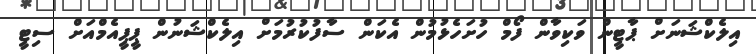
އިލެކްޝަނަށް ޕާޓީން ވަކިވާން ފޯމް ހުށަހެޅުމުން އެކަން ސާފުކުރުމަށް އިލެކްޝަނުން ޕީޕީއެމްއަށް ސިޓީ